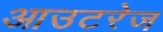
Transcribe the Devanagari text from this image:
आउटरेज